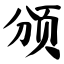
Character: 颁